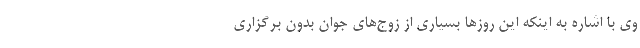
وی با اشاره به اینکه این روزها بسیاری از زوج‌های جوان بدون برگزاری